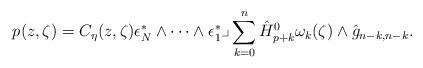
\begin{align*}p(z, \zeta) = C_{\eta}(z,\zeta)\epsilon_N^*\wedge \cdots \wedge \epsilon_1^* \lrcorner\sum_{k=0}^n \hat{H}_{p+k}^0 \omega_k(\zeta) \wedge \hat{g}_{n-k, n-k}.\end{align*}